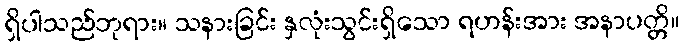
ရှိပါသည်ဘုရား။ သနားခြင်း နှလုံးသွင်းရှိသော ရဟန်းအား အနာပတ္တိ။